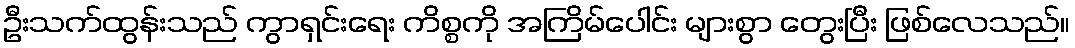
ဦးသက်ထွန်းသည် ကွာရှင်းရေး ကိစ္စကို အကြိမ်ပေါင်း များစွာ တွေးပြီး ဖြစ်လေသည်။